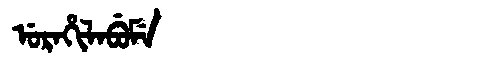
Manchu: ᡠᡵᠠᡥᡳᠯᠠᠪᡠᠮᡝ
Romanization: URAHILABUME